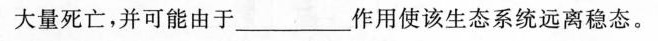
大量死亡，并可能由于_______作用使该生态系统远离稳态。